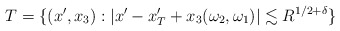
\begin{align*} T = \{ (x',x_3) : | x'- x'_T + x_3 (\omega_2,\omega_1) | \lesssim R^{1/2+ \delta} \}\end{align*}